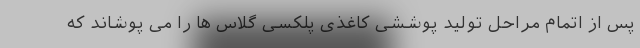
پس از اتمام مراحل تولید پوششی کاغذی پلکسی گلاس ها را می پوشاند که